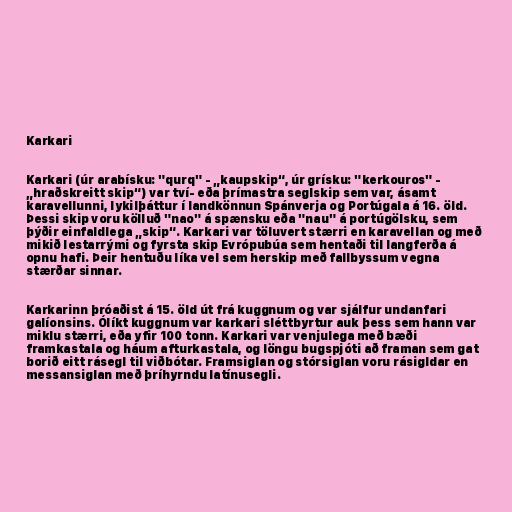
Karkari

Karkari (úr arabísku: "qurq" - „kaupskip“, úr grísku: "kerkouros" -
„hraðskreitt skip“) var tví- eða þrímastra seglskip sem var, ásamt
karavellunni, lykilþáttur í landkönnun Spánverja og Portúgala á 16. öld.
Þessi skip voru kölluð "nao" á spænsku eða "nau" á portúgölsku, sem
þýðir einfaldlega „skip“. Karkari var töluvert stærri en karavellan og með
mikið lestarrými og fyrsta skip Evrópubúa sem hentaði til langferða á
opnu hafi. Þeir hentuðu líka vel sem herskip með fallbyssum vegna
stærðar sinnar.

Karkarinn þróaðist á 15. öld út frá kuggnum og var sjálfur undanfari
galíonsins. Ólíkt kuggnum var karkari sléttbyrtur auk þess sem hann var
miklu stærri, eða yfir 100 tonn. Karkari var venjulega með bæði
framkastala og háum afturkastala, og löngu bugspjóti að framan sem gat
borið eitt rásegl til viðbótar. Framsiglan og stórsiglan voru rásigldar en
messansiglan með þríhyrndu latínusegli.